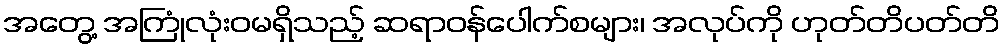
အတွေ့ အကြုံလုံးဝမရှိသည့် ဆရာဝန်ပေါက်စများ၊ အလုပ်ကို ဟုတ်တိပတ်တိ